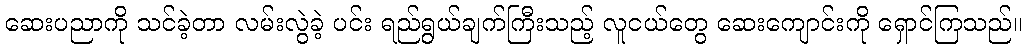
ဆေးပညာကို သင်ခဲ့တာ လမ်းလွဲခဲ့ ပင်း ရည်ရွယ်ချက်ကြီးသည့် လူငယ်တွေ ဆေးကျောင်းကို ရှောင်ကြသည်။